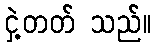
ငှဲ့တတ် သည်။